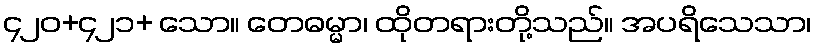
၄၂၀+၄၂၁+ သော။ တေဓမ္မာ၊ ထိုတရားတို့သည်။ အပရိသေသာ၊